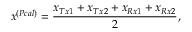
x ^ { ( P c a l ) } = \frac { x _ { T x 1 } + x _ { T x 2 } + x _ { R x 1 } + x _ { R x 2 } } { 2 } ,